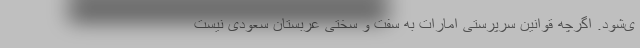
ی‌شود. اگرچه قوانین سرپرستی امارات به سفت و سختی عربستان سعودی نیست